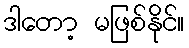
ဒါတော့ မဖြစ်နိုင်။